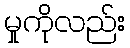
မှုကိုလည်း